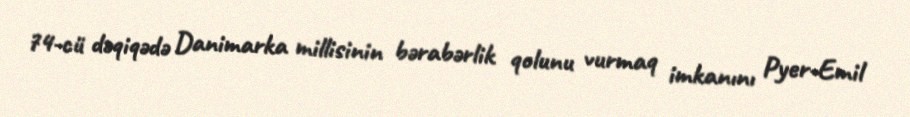
74-cü dəqiqədə Danimarka millisinin bərabərlik qolunu vurmaq imkanını Pyer-Emil